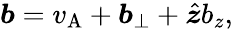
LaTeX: \boldsymbol{b}=v_{\mathrm{A}}+\boldsymbol{b}_{\perp}+\hat{\boldsymbol{z}}b_{z},